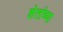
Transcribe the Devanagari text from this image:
शेतांच्या